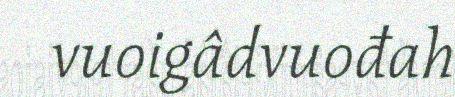
vuoigâdvuođah